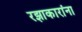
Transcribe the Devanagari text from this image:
रझाकारांना